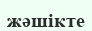
жәшікте